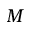
M